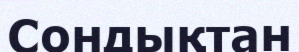
Сондықтан